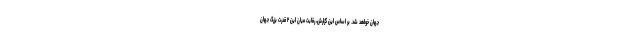
جهان خواهد شد. بر اساس این گزارش، رقابت میان این ۲ قدرت بزرگ جهان